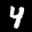
Label: 4